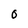
Character: 0